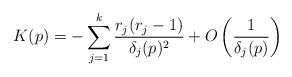
LaTeX: \begin{align*}K(p) = -\sum\limits_{j=1}^k \frac{r_j(r_j-1)}{\delta_j(p)^2} + O\left( \frac{1}{\delta_j(p)} \right)\end{align*}